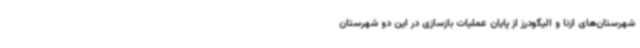
شهرستان‌های ازنا و الیگودرز از پایان عملیات بازسازی در این دو شهرستان